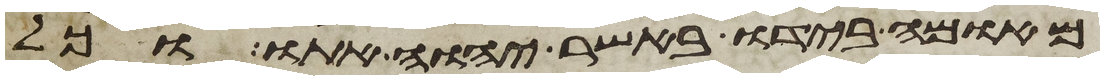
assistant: מאומה בידו באשר יהוה אתו וכל